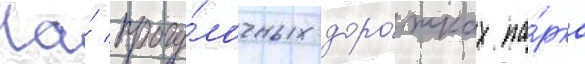
На́ прогу́лочных доро́жках па́рка